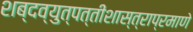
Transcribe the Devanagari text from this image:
शब्दव्युत्पत्तीशास्त्राप्रमाणे